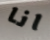
انا